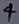
Text: 4